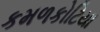
કમળકોટિયા